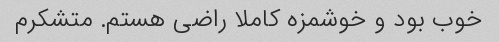
خوب بود و خوشمزه کاملا راضی هستم. متشکرم